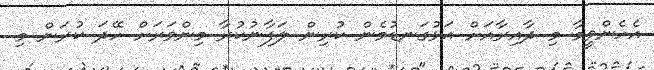
އެހެންވީމާ މި ދާއިރާއަށް އަޅުގަނޑުމެން ކުރިން ލަފާނުކުރާ މިންވަރަށް ހޭދަ ކުރަން މި